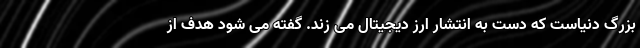
بزرگ دنیاست که دست به انتشار ارز دیجیتال می زند. گفته می شود هدف از